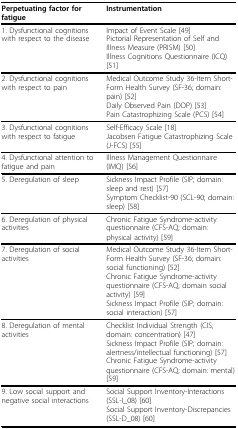
| Perpetuating factor for fatigue | Instrumentation |
 | --- | --- |
 | 1. Dysfunctional cognitions with respect to the disease | Impact of Event Scale [49]Pictorial Representation of Self and Illness Measure (PRISM) [50]Illness Cognitions Questionnaire (ICQ) [51] |
 | 2. Dysfunctional cognitions with respect to pain | Medical Outcome Study 36-Item Short-Form Health Survey (SF-36; domain: pain) [52]Daily Observed Pain (DOP) [53]Pain Catastrophizing Scale (PCS) [54] |
 | 3. Dysfunctional cognitions with respect to fatigue | Self-Efficacy Scale [18]Jacobsen Fatigue Catastrophizing Scale (J-FCS) [55] |
 | 4. Dysfunctional attention to fatigue and pain | Illness Management Questionnaire (IMQ) [56] |
 | 5. Deregulation of sleep | Sickness Impact Profile (SIP; domain: sleep and rest) [57]Symptom Checklist-90 (SCL-90; domain: sleep) [58] |
 | 6. Deregulation of physical activities | Chronic Fatigue Syndrome-activity questionnaire (CFS-AQ; domain: physical activity) [59] |
 | 7. Deregulation of social activities | Medical Outcome Study 36-Item Short-Form Health Survey (SF-36; domain: social functioning) [52]Chronic Fatigue Syndrome-activity questionnaire (CFS-AQ; domain social activity) [59]Sickness Impact Profile (SIP; domain: social interaction) [57] |
 | 8. Deregulation of mental activities | Checklist Individual Strength (CIS; domain: concentration) [47]Sickness Impact Profile (SIP; domain: alertness/intellectual functioning) [57]Chronic Fatigue Syndrome-activity questionnaire (CFS-AQ; domain: mental) [59] |
 | 9. Low social support and negative social interactions | Social Support Inventory-Interactions (SSL-I_08) [60]Social Support Inventory-Discrepancies (SSL-D_08) [60] |